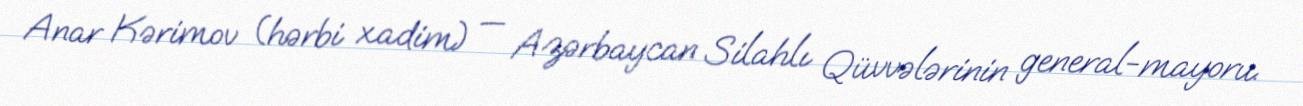
Anar Kərimov (hərbi xadim) — Azərbaycan Silahlı Qüvvələrinin general-mayoru.